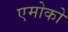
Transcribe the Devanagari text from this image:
एमोको